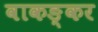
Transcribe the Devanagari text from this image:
वाकङ्कर